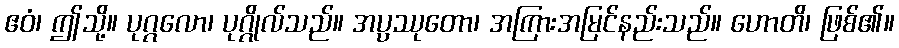
ဧဝံ၊ ဤသို့။ ပုဂ္ဂလော၊ ပုဂ္ဂိုလ်သည်။ အပ္ပဿုတော၊ အကြားအမြင်နည်းသည်။ ဟောတိ၊ ဖြစ်၏။